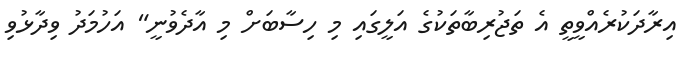
އިރާދަކުރެއްވީތީ އެ ތަޖުރިބާތަކުގެ އަލީގައި މި ހިސާބަށް މި އާދެވުނީ" އަހުމަދު ވިދާޅުވި